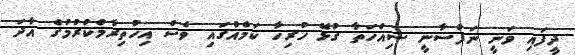
ދީފައި ވަނީ ނަފްސާނީ ސިއްހަތާ ގުޅޭ ހުރިހާ ކަމެއްގައި ވެސް އިހުތިރާމްކުރުމުގެ އާދަ